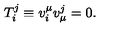
T _ { i } ^ { j } \equiv v _ { i } ^ { \mu } v _ { \mu } ^ { j } = 0 .